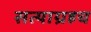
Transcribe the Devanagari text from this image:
सत्याग्रहच